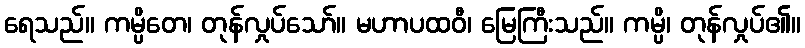
ရေသည်။ ကမ္ပိတေ၊ တုန်လှုပ်သော်။ မဟာပထဝီ၊ မြေကြီးသည်။ ကမ္ပိ၊ တုန်လှုပ်၏။